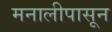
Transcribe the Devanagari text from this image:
मनालीपासून